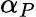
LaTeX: \alpha_{P}